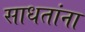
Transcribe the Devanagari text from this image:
साधतांना